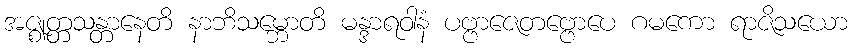
အဇ္ဈတ္တသန္တာနေတိ နာဘိသမ္ဘောတိ မန္ဒာရဝါနံ ပဗ္ဗာဇေတဗ္ဗောပေ ဂမကော ရာဇိသယော